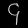
Digit: ၄